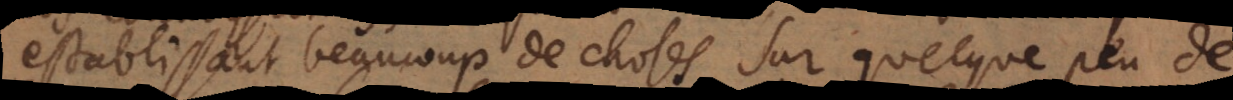
establissant beaucoup de choses sur quelque peu de